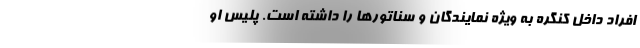
افراد داخل کنگره به ویژه نمایندگان و سناتورها را داشته است. پلیس او